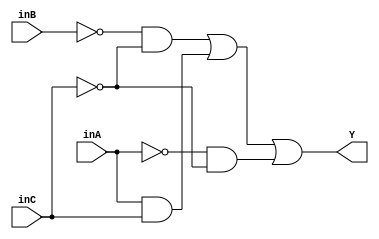
// Ejercicio04 Lab04 Jonathan Pu c. 19249

/* Ejercicio01 Tabla 1 Con gate modelling
Ecuacion a implementar Y = B'C'+ AC + A'C' */

module Tabla1a(input wire inA, inB, inC, output wire Y); 

    wire NA, NB, NC, A1, A2, A3;
    not (NA, inA);
    not (NB, inB);
    not (NC, inC);
    and (A1, NB, NC);
    and (A2, inA, inC);
    and (A3, NA, NC);
    or (Y, A1, A2, A3);

endmodule

/*Ejercicio01 Tabla 2 con Operadores logicos
Funcion a implementar Y = B'*/

module Tabla1b(input wire inA, inB, inC, output wire Y);
    
    assign Y = (~inB);

endmodule 

/*Ejercicio01 Tabla 3 con gate modelling
Funcion a implementar Y = A'B'C'D' + A'B'C*D + A'*B*C'*D 
 + A'*B*C*D' + A*B*C'*D' + A*B*C*D + A*B'*C'*D + A*B'*C*D'*/

module Tabla1c(input wire inA, inB, inC, inD, output wire Y);
    wire NA, NB, NC, ND, A1, A2, A3, A4, A5, A6, A7, A8;
    not (NA, inA);
    not (NB, inB);
    not (NC, inC);
    not (ND, inD);
    and (A1, NA, NB, NC, ND);
    and (A2, NA, NB, inC, inD);
    and (A3, NA, inB, NC, inD);
    and (A4, NA, inB, inC, ND);
    and (A5, inA, inB, NC, ND);
    and (A6, inA, inB, inC, inD);
    and (A7, inA, NB, NC, inD);
    and (A8, inA, NB, inC, ND);
    or (Y, A1, A2, A3, A4, A5, A6, A7, A8);

endmodule

/*Ejercicio01 Tabla 4 con operadores logicos
Ecuacion a implementar Y = A*B + A*C + B'*D'*/

module Tabla1d(input wire inA, inB, inC, inD, output wire Y);
    assign Y = (inA & inB) | (inA & inC) | (~inB & ~inD);

endmodule

/* Ejercicio02 Tabla 1 con gate modelling 
Ecuacion a implementar Y = B'*C'*D' + A*C' + A*B' + A*D' */

module Tabla2a(input wire inA, inB, inC, inD, output wire Y);

    wire NB, NC, ND, A1, A2, A3, A4;

    not (NB, inB);
    not (NC, inC);
    not (ND, inD);
    and (A1, NB, NC, ND);
    and (A2, inA, NC);
    and (A3, inA, NB);
    and (A4, inA, ND);
    or (Y, A1, A2, A3, A4);

endmodule

/* Ejercicio02 Tabla 2 con operadores 
Ecuacion a implementar Y = B' + C */

module Tabla2b(input wire inA, inB, inC, output wire Y);

    assign Y = (~inB) | (inC);

endmodule

/* Ejercicio02 Tabla 3 con gate modelling
Ecuacion a implementar Y = C'*D + B + A*D */

module Tabla2c(input wire inA, inB, inC, inD, output wire Y);

    wire NC, A1, A2;

    not (NC, inC);
    and (A1, NC, inD);
    and (A2, inA, inD);
    or (Y, A1, A2, inB);

endmodule

/* Ejercicio02 Tabla 4 con operadores
Ecuacion a implementar Y = A'*C' + B */

module Tabla2d(input wire inA, inB, inC, output wire Y);

    assign Y = (~inA & ~inC) | (inB);

endmodule